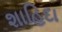
શાહિદા